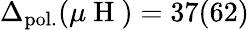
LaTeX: \Delta_{\mathrm{pol.}}(\mu\mathrm{~H~})=37(62)